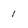
Character: 1